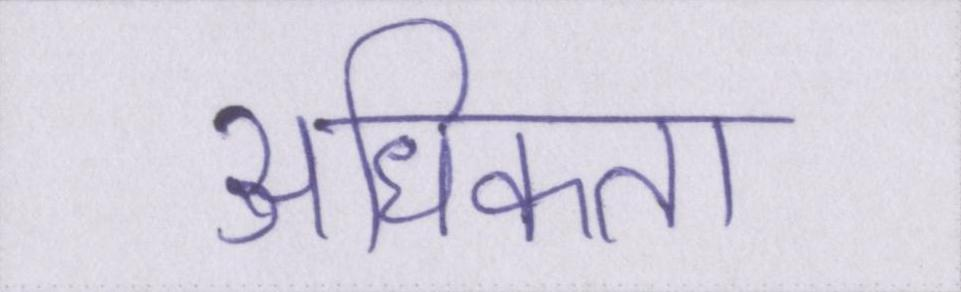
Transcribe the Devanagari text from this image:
अधिकता